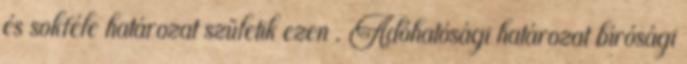
és sokféle határozat születik ezen . Adóhatósági határozat bírósági